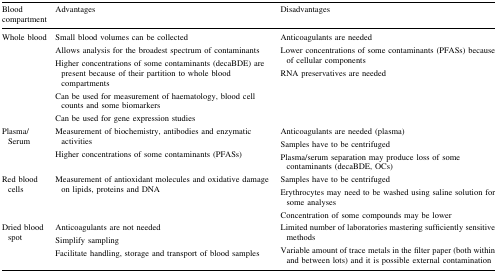
<table><thead><tr><td><b>Blood compartment</b></td><td><b>Advantages</b></td><td><b>Disadvantages</b></td></tr></thead><tbody><tr><td>Whole blood</td><td>Small blood volumes can be collectedAllows analysis for the broadest spectrum of contaminantsHigher concentrations of some contaminants (decaBDE) are present because of their partition to whole blood compartmentsCan be used for measurement of haematology, blood cell counts and some biomarkersCan be used for gene expression studies</td><td>Anticoagulants are neededLower concentrations of some contaminants (PFASs) because of cellular componentsRNA preservatives are needed</td></tr><tr><td>Plasma/Serum</td><td>Measurement of biochemistry, antibodies and enzymatic activitiesHigher concentrations of some contaminants (PFASs)</td><td>Anticoagulants are needed (plasma)Samples have to be centrifugedPlasma/serum separation may produce loss of some contaminants (decaBDE, OCs)</td></tr><tr><td>Red blood cells</td><td>Measurement of antioxidant molecules and oxidative damage on lipids, proteins and DNA</td><td>Samples have to be centrifugedErythrocytes may need to be washed using saline solution for some analysesConcentration of some compounds may be lower</td></tr><tr><td>Dried blood spot</td><td>Anticoagulants are not neededSimplify samplingFacilitate handling, storage and transport of blood samples</td><td>Limited number of laboratories mastering sufficiently sensitive methodsVariable amount of trace metals in the filter paper (both within and between lots) and it is possible external contamination</td></tr></tbody></table>